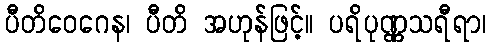
ပီတိဝေဂေန၊ ပီတိ အဟုန်ဖြင့်။ ပရိပုဏ္ဏသရီရာ၊